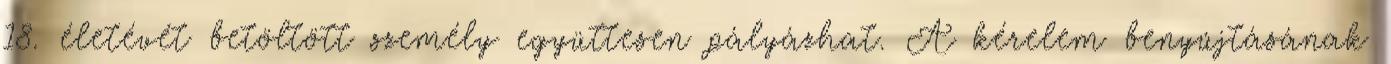
18. életévét betöltött személy együttesen pályázhat. A kérelem benyújtásának